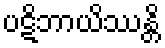
ပဋိဘာယိဿန္တိ